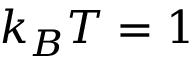
k _ { B } T = 1